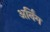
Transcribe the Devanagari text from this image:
अर्निंग